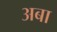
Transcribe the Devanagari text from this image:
अबा